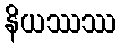
နိယဿဿ